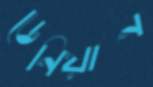
ডেনিয়ান